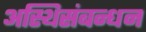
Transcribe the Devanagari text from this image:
अस्थिसंबन्धन